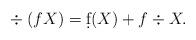
LaTeX: \begin{align*}&\\&\div(fX)=\d f(X)+f\div X.\end{align*}